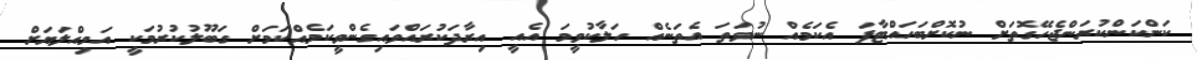
ކަންކަންކުރަންޖެހޭގޮތަށް ނުކޮށްބަހައްޓާފަ އެކަމެއް ނުވަތަ އެތަނެއް ހަލާކުވީމަ އެއީ އިރާދަކުރައްވައިގެންވީކަމެއްކަމަށް ގަބޫލުކުރުމަކީ އަމިއްލަޔަށް